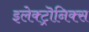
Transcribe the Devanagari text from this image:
इलेक्ट्रॊनिक्स